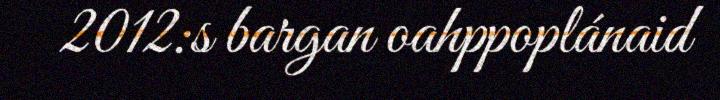
2012:s bargan oahppoplánaid